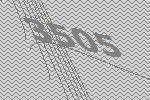
3505